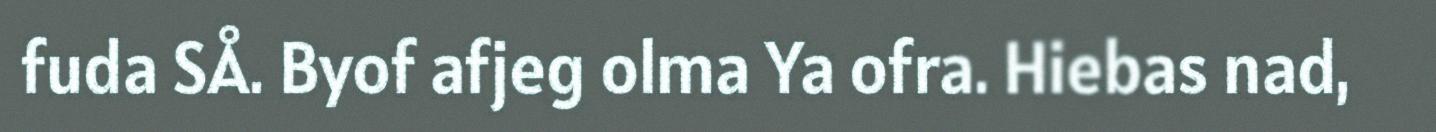
fuda SÅ. Byof afjeg olma Ya ofra. Hiebas nad,